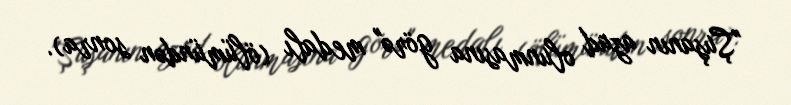
"Şuşanın azad olunmasına görə" medalı (ölümündən sonra).